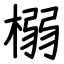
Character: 榒